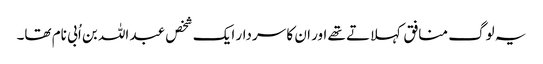
یہ لوگ منافق کہلاتے تھے اور ان کا سردار ایک شخص عبد اللہ بن اُبی نام تھا۔